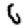
Digit: 6